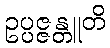
ဥပ္ပဇ္ဇန္တူတိ